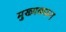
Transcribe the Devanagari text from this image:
मुख्यकरून